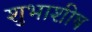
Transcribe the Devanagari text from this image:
शुभाशीष